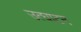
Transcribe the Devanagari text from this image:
उत्घाटन